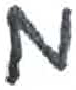
אות: מ